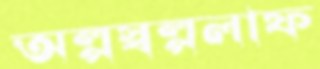
অল্পস্বল্পলাফ